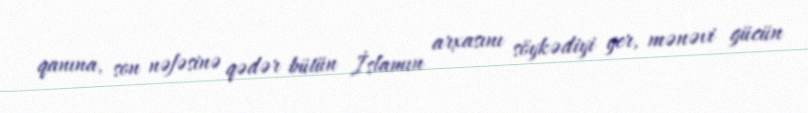
qanına, son nəfəsinə qədər bütün İslamın arxasını söykədiyi yer, mənəvi gücün